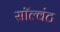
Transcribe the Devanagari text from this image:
सॉल्वंट